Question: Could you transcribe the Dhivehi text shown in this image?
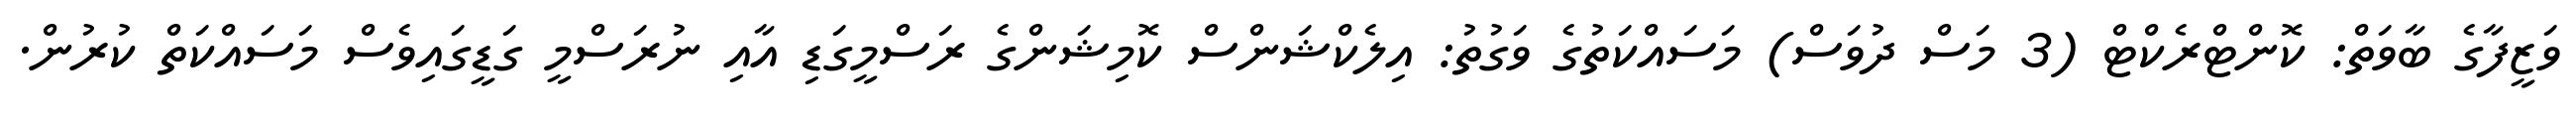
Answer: ވަޒީފާގެ ބާވަތް: ކޮންޓްރެކްޓް (3 މަސް ދުވަސް) މަސައްކަތުގެ ވަގުތު: އިލެކްޝަންސް ކޮމިޝަންގެ ރަސްމީގަޑި އާއި ނުރަސްމީ ގަޑީގައިވެސް މަސައްކަތް ކުރުން.